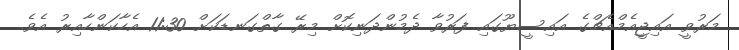
މަރުވީ އައިޖީއެމްއެޗްގެ އައިސީޔޫގައި ފަރުވާ ދެމުންދަނިކޮށް މިރޭ ގާތްގަނޑަކަށް 11:30 އެހާކަންހާއިރު އެވެ.